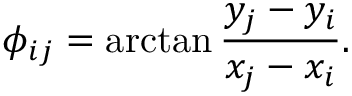
\phi _ { i j } = \arctan \frac { y _ { j } - y _ { i } } { x _ { j } - x _ { i } } .